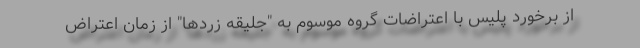
از برخورد پلیس با اعتراضات گروه موسوم به "جلیقه زردها" از زمان اعتراض